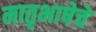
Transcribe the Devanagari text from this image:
मातृभाषेचे